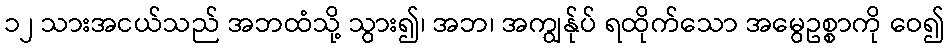
၁၂ သားအငယ်သည် အဘထံသို့ သွား၍၊ အဘ၊ အကျွန်ုပ် ရထိုက်သော အမွေဥစ္စာကို ဝေ၍